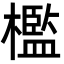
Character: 檻